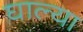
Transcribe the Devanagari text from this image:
घाल्या